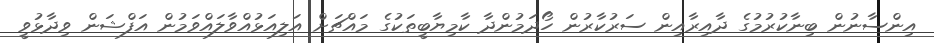
އިންސާނުން ބިނާކުރުމުގެ ދާއިރާއިން ސަރުކާރުން ހޯދަމުންދާ ކާމިޔާބީތަކުގެ މައްޗަށް އަލިއަޅުއްވާލައްވަމުން އަފްޝަން ވިދާޅުވީ